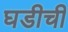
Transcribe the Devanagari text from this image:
घडीची